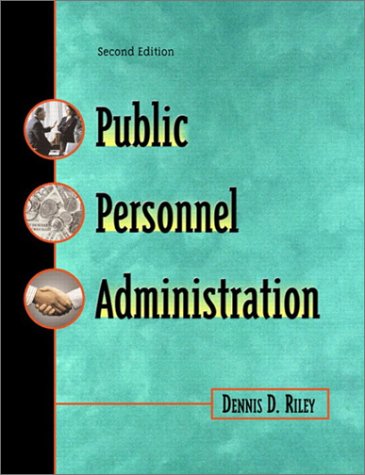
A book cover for Public Personnel Administration (2nd Edition); Dennis D. Riley; Law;